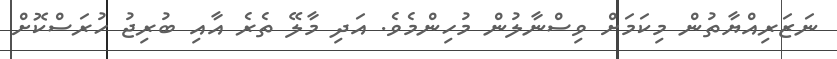
ނަޒަރިއްޔާތުން މިކަމަށް ވިސްނާލުން މުހިންމެވެ. އަދި މާލޭ ތެރެ އާއި ބުރިޖު ހުރަސްކޮށް